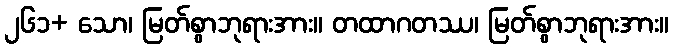
၂၆၁+ သော၊ မြတ်စွာဘုရားအား။ တထာဂတဿ၊ မြတ်စွာဘုရားအား။